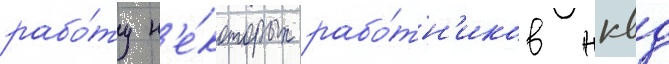
рабо́ту н'е́которых рабо́тн'иков нквд